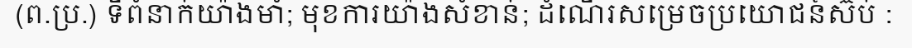
(ព.ប្រ.) ទីពំនាក់យ៉ាងមាំ; មុខការយ៉ាងសំខាន់; ដំណើរសម្រេចប្រយោជន៍ស៊ប់ :